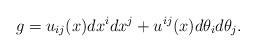
LaTeX: \begin{align*} g = u_{ ij}(x)dx^i dx^j + u^{ij}(x)d\theta_i d\theta_j.\end{align*}